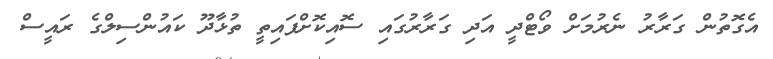
އެގޮތުން ގަރާރު ނެރުމަށް ވޯޓްދީ އަދި ގަރާރުގައި ސޮއިކޮށްފައިތީ ތުޅާދޫ ކައުންސިލްގެ ރައީސް